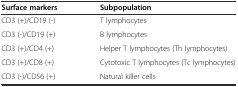
| Surface markers | Subpopulation |
 | --- | --- |
 | CD3 (+)/CD19 (-) | T lymphocytes |
 | CD3 (-)/CD19 (+) | B lymphocytes |
 | CD3 (+)/CD4 (+) | Helper T lymphocytes (Th lymphocytes) |
 | CD3 (+)/CD8 (+) | Cytotoxic T lymphocytes (Tc lymphocytes) |
 | CD3 (-)/CD56 (+) | Natural killer cells |